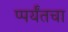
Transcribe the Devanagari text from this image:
प्पर्यंतचा